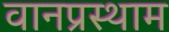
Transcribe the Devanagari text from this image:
वानप्रस्थाम